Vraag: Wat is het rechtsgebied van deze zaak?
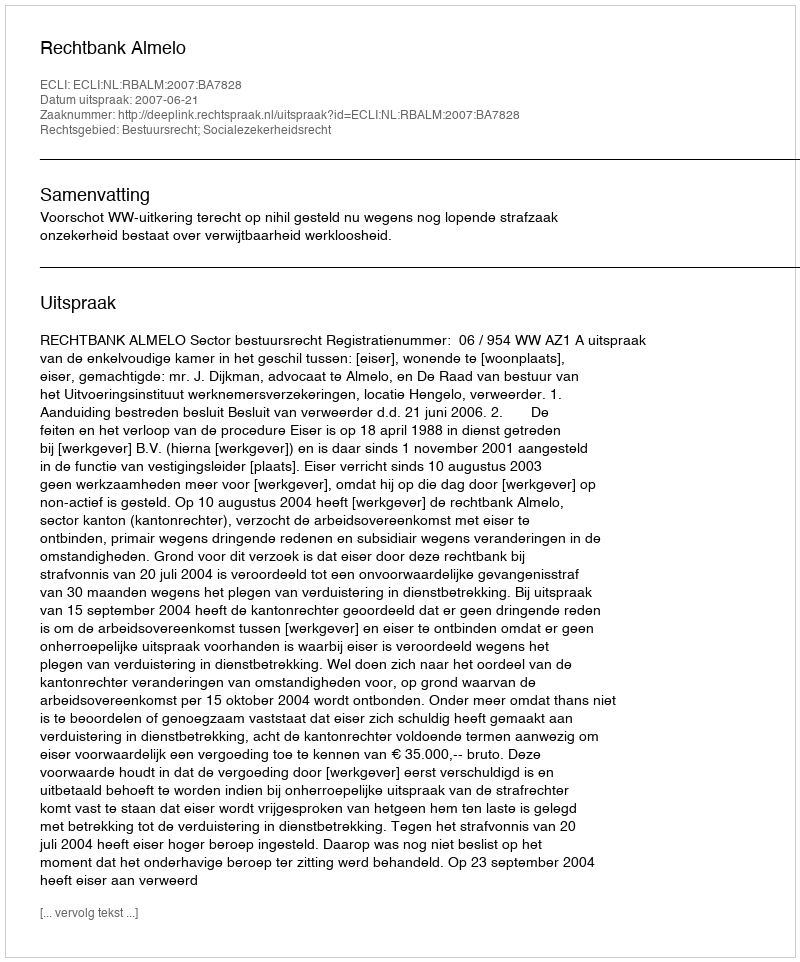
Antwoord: Bestuursrecht; Socialezekerheidsrecht